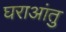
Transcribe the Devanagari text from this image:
घराआंतु